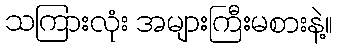
သကြားလုံး အများကြီးမစားနဲ့။